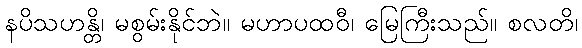
နပိသဟန္တိ၊ မစွမ်းနိုင်ဘဲ။ မဟာပထဝီ၊ မြေကြီးသည်။ စလတိ၊